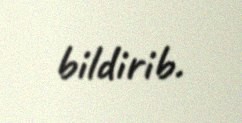
bildirib.